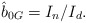
\begin{align*}\hat b_{0G}=I_n/I_d. \end{align*}